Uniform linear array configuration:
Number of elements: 48
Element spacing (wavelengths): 0.25
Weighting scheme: hamming
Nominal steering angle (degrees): -30
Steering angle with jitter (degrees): -28.77
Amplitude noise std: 0.05
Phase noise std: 0.05

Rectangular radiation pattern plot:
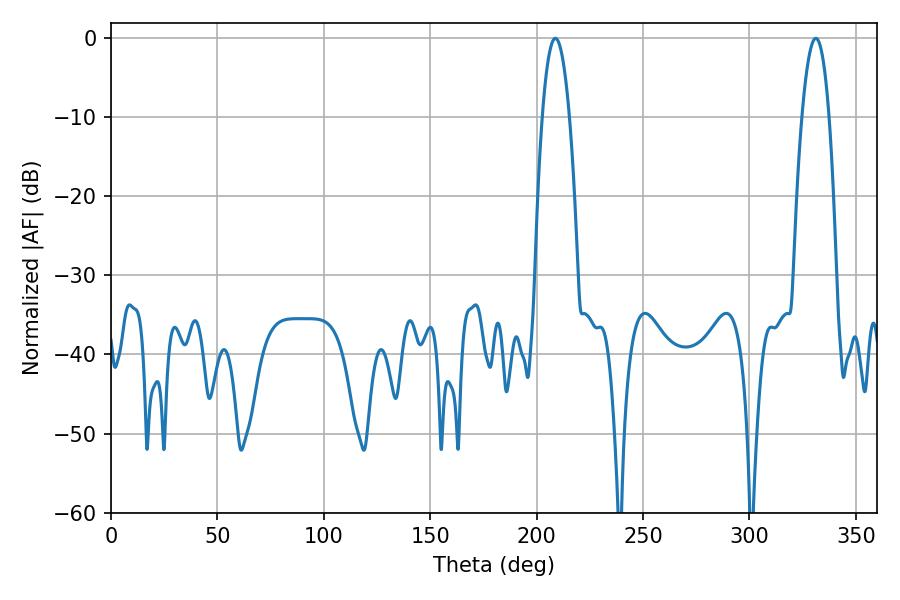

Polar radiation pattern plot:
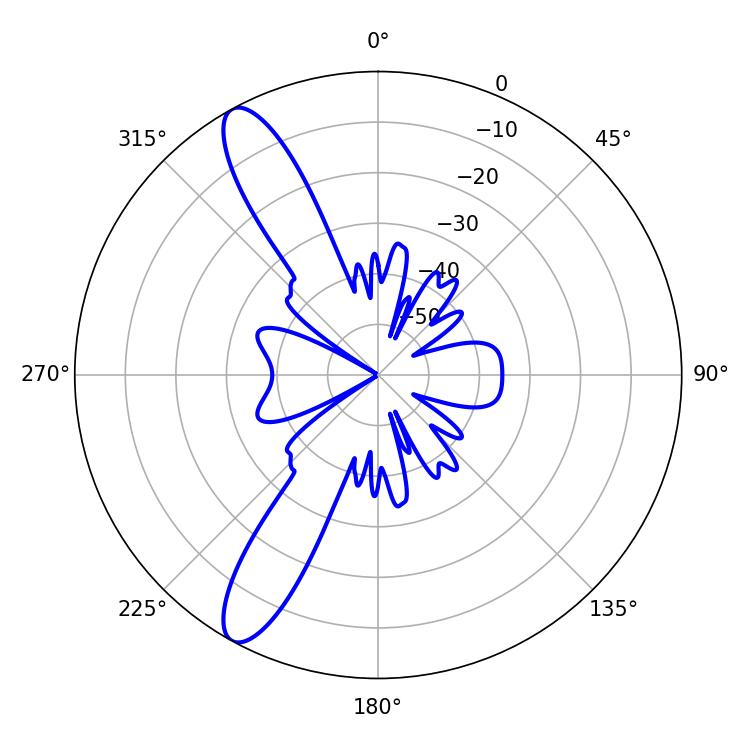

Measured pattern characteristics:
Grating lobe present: FALSE
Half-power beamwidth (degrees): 7.02
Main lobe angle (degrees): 208.8